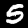
Label: 5